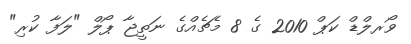
ވޯރލްޑް ކަޕް 2010 ގެ 8 މެޗެއްގެ ނަތީޖާ ޕޯލް "ލަފާ ކުރި"